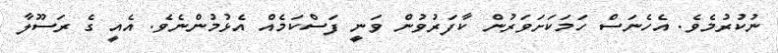
ނުކުރުމެވެ. އެހެނަސް ހަމަކަށަވަރުން ކާފަރުވުން ވަނީ ފަސްކަމެއް އެޅުމުންނެވެ. އެއީ ގެ ރަސޫލާ